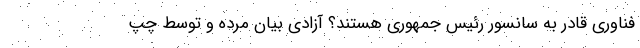
فناوری قادر به سانسور رئیس جمهوری هستند؟ آزادی بیان مرده و توسط چپ